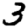
Digit: 3